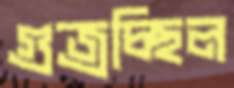
গুজ্‌রচ্ছিল